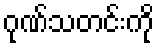
ဂုဏ်သတင်းကို